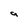
Character: a